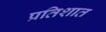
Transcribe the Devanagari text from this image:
प्रतिशात